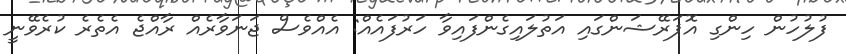
ފުލުހުން ހިންގި އޮޕަރޭޝަންގައި އަތުލައިގެންފައިވާ ހަރުފައެއް: އެއްވެސް ޖަނަވާރެއް ރާއްޖެ އެތެރެ ކުރެވޭނީ